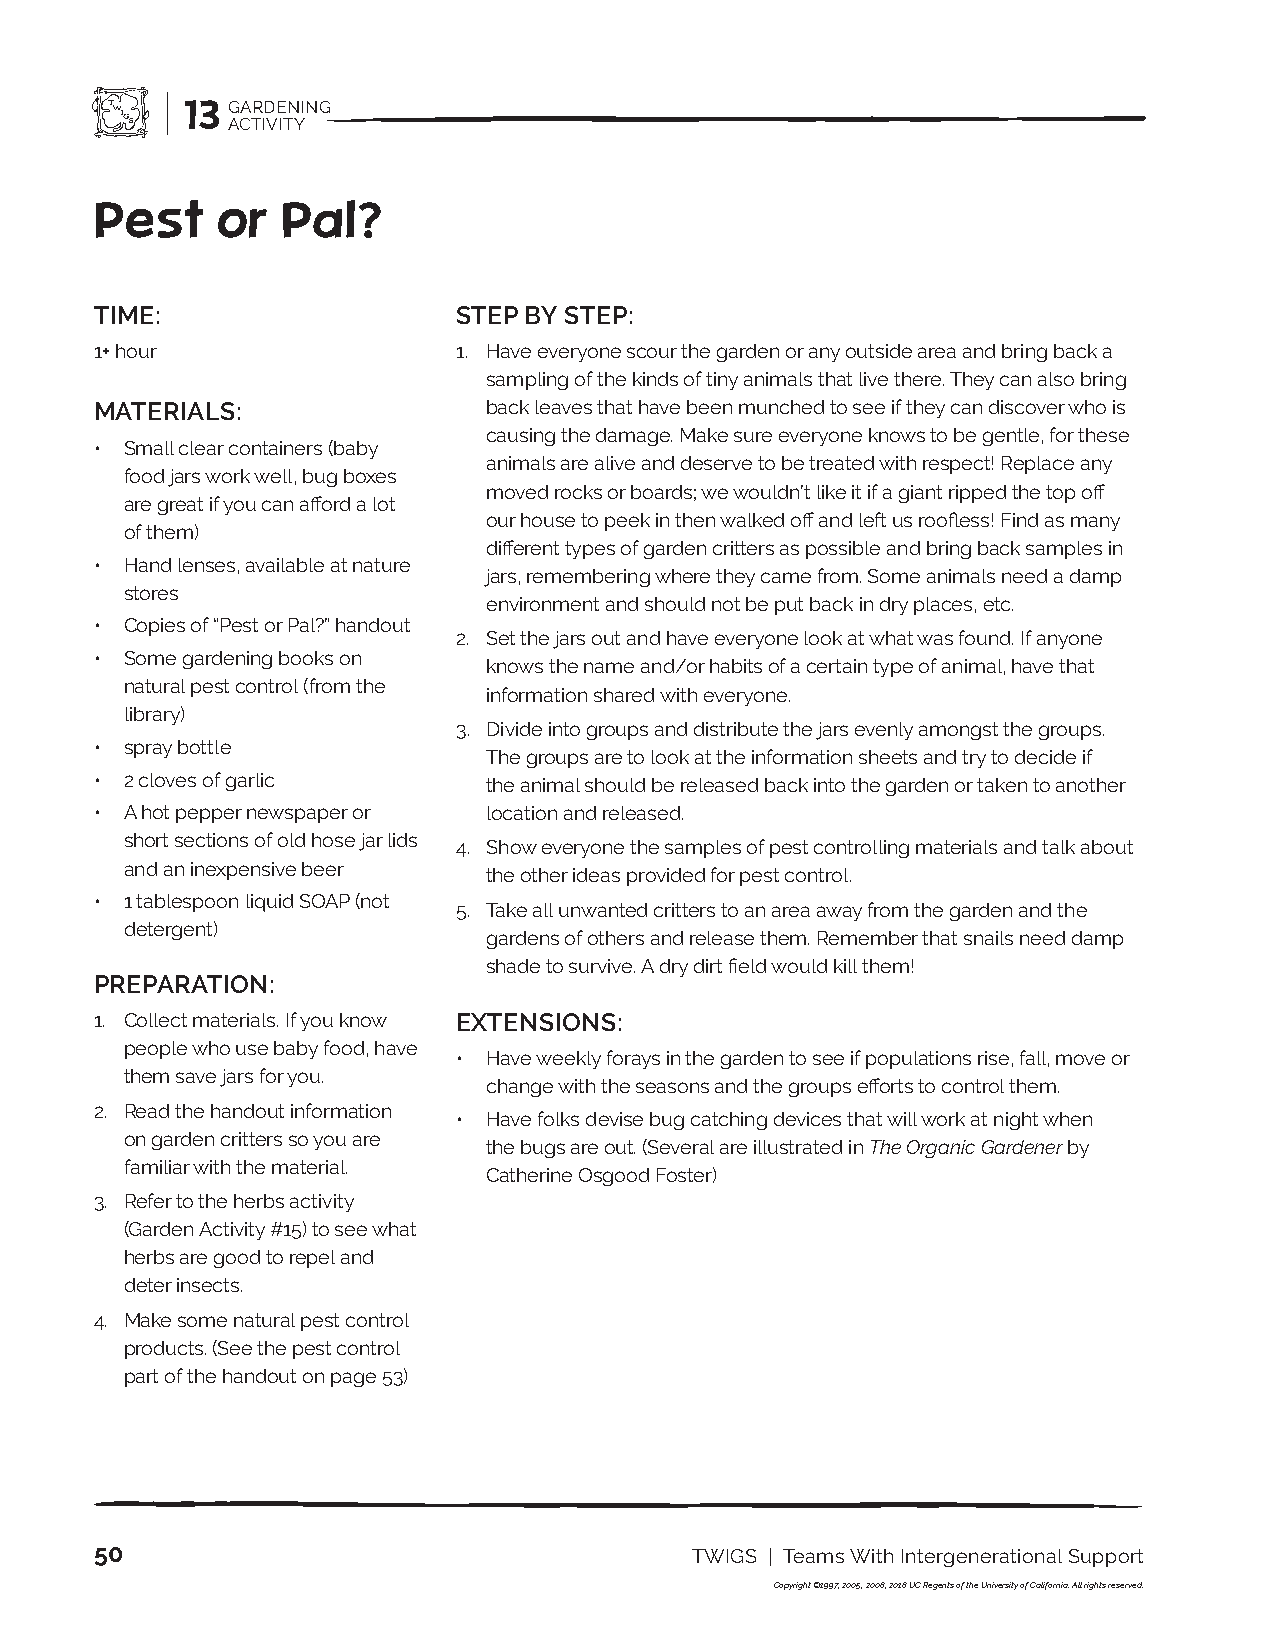
13 GARDENING
 ACTIVITY
 Pest    or   Pal?
 TIME:                   STEP BY STEP:
 1+ hour                 1. Have everyone scour the garden or any outside area and bring back a
 sampling of the kinds of tiny animals that live there. They can also bring
 MATERIALS:                back leaves that have been munched to see if they can discover who is
 causing the damage. Make sure everyone knows to be gentle, for these
 • Small clear containers (baby
 animals are alive and deserve to be treated with respect! Replace any
 food jars work well, bug boxes
 moved rocks or boards; we wouldn’t like it if a giant ripped the top off
 are great if you can afford a lot
 our house to peek in then walked off and left us roofless! Find as many
 of them)
 different types of garden critters as possible and bring back samples in
 • Hand lenses, available at nature
 jars, remembering where they came from. Some animals need a damp
 stores
 environment and should not be put back in dry places, etc.
 • Copies of “Pest or Pal?” handout
 2. Set the jars out and have everyone look at what was found. If anyone
 • Some gardening books on
 knows the name and/or habits of a certain type of animal, have that
 natural pest control (from the
 information shared with everyone.
 library)
 3. Divide into groups and distribute the jars evenly amongst the groups.
 • spray bottle
 The groups are to look at the information sheets and try to decide if
 • 2 cloves of garlic      the animal should be released back into the garden or taken to another
 • A hot pepper newspaper or location and released.
 short sections of old hose jar lids
 4. Show everyone the samples of pest controlling materials and talk about
 and an inexpensive beer
 the other ideas provided for pest control.
 • 1 tablespoon liquid SOAP (not
 5. Take all unwanted critters to an area away from the garden and the
 detergent)
 gardens of others and release them. Remember that snails need damp
 shade to survive. A dry dirt field would kill them!
 PREPARATION:
 1. Collect materials. If you know EXTENSIONS:
 people who use baby food, have
 • Have weekly forays in the garden to see if populations rise, fall, move or
 them save jars for you.
 change with the seasons and the groups efforts to control them.
 2. Read the handout information
 • Have folks devise bug catching devices that will work at night when
 on garden critters so you are
 the bugs are out. (Several are illustrated in The Organic Gardener by
 familiar with the material.
 Catherine Osgood Foster)
 3. Refer to the herbs activity
 (Garden Activity #15) to see what
 herbs are good to repel and
 deter insects.
 4. Make some natural pest control
 products. (See the pest control
 part of the handout on page 53)
 50                                      TWIGS | Teams With Intergenerational Support
 Copyright ©1997, 2005, 2008, 2018 UC Regents of the University of California. All rights reserved.